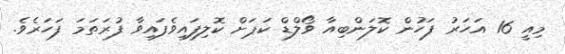
މިއީ 16 އަހަރު ފަހުން ކޮލަންބިއާ ވޯލްޑް ކަޕަށް ކޮލިފައިވެފައިވާ ފުރަތަމަ ފަހަރެވެ.